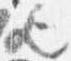
歟